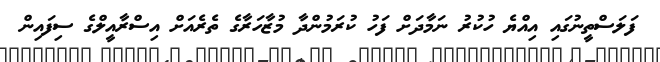
ފަލަސްތީނުގައި އިއްޔެ ހުކުރު ނަމާދަށް ފަހު ކުރަމުންދާ މުޒާހަރާގެ ތެރެއަށް އިސްރާއީލްގެ ސިފައިން